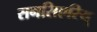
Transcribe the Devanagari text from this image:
सनसिएरियू